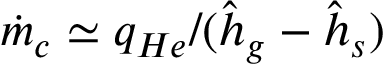
\dot { m } _ { c } \simeq q _ { H e } / ( \hat { h } _ { g } - \hat { h } _ { s } )